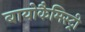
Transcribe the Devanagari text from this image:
बायोकैमिस्ट्री